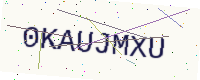
Text: 0KAUJMXU